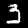
Digit: 3